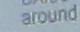
around